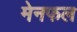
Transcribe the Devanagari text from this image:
मेनफल